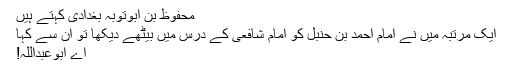
محفوظ بن ابوتوبہ بغدادی کہتے ہیں
ایک مرتبہ میں نے امام احمد بن حنبل کو امام شافعی کے درس میں بیٹھے دیکھا تو ان سے کہا
اے ابوعبداللہ!